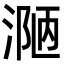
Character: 𪶾